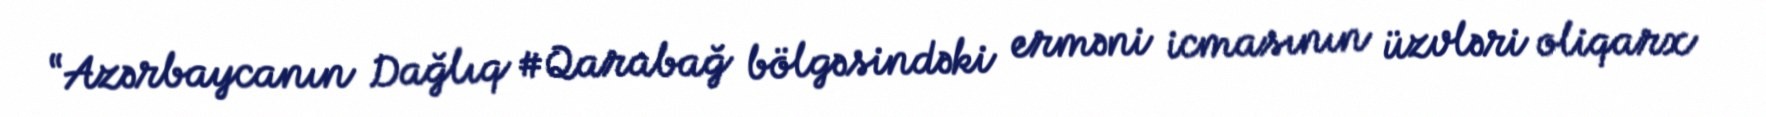
“Azərbaycanın Dağlıq #Qarabağ bölgəsindəki erməni icmasının üzvləri oliqarx